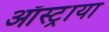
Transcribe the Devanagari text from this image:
ऑस्ट्राया